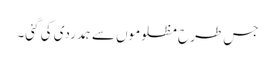
جس طرح مظلوموں سے ہمدردی کی گئی۔